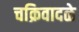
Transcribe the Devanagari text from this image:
चक्रिवादळे